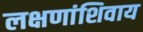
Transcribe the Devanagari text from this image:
लक्षणांशिवाय